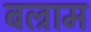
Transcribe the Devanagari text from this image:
बल्राम